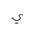
Letter: _ya